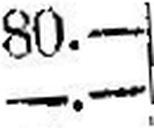
—.—